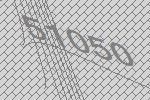
51050